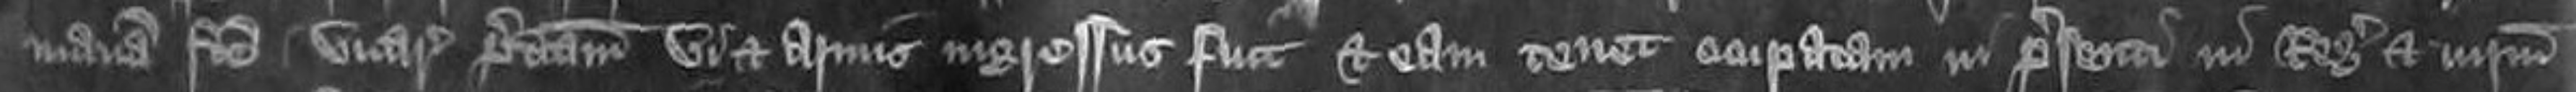
manam facte vicariam predictam vi et armis ingressus fuit et eam tenet occupatam in presenti in Regis et iurium